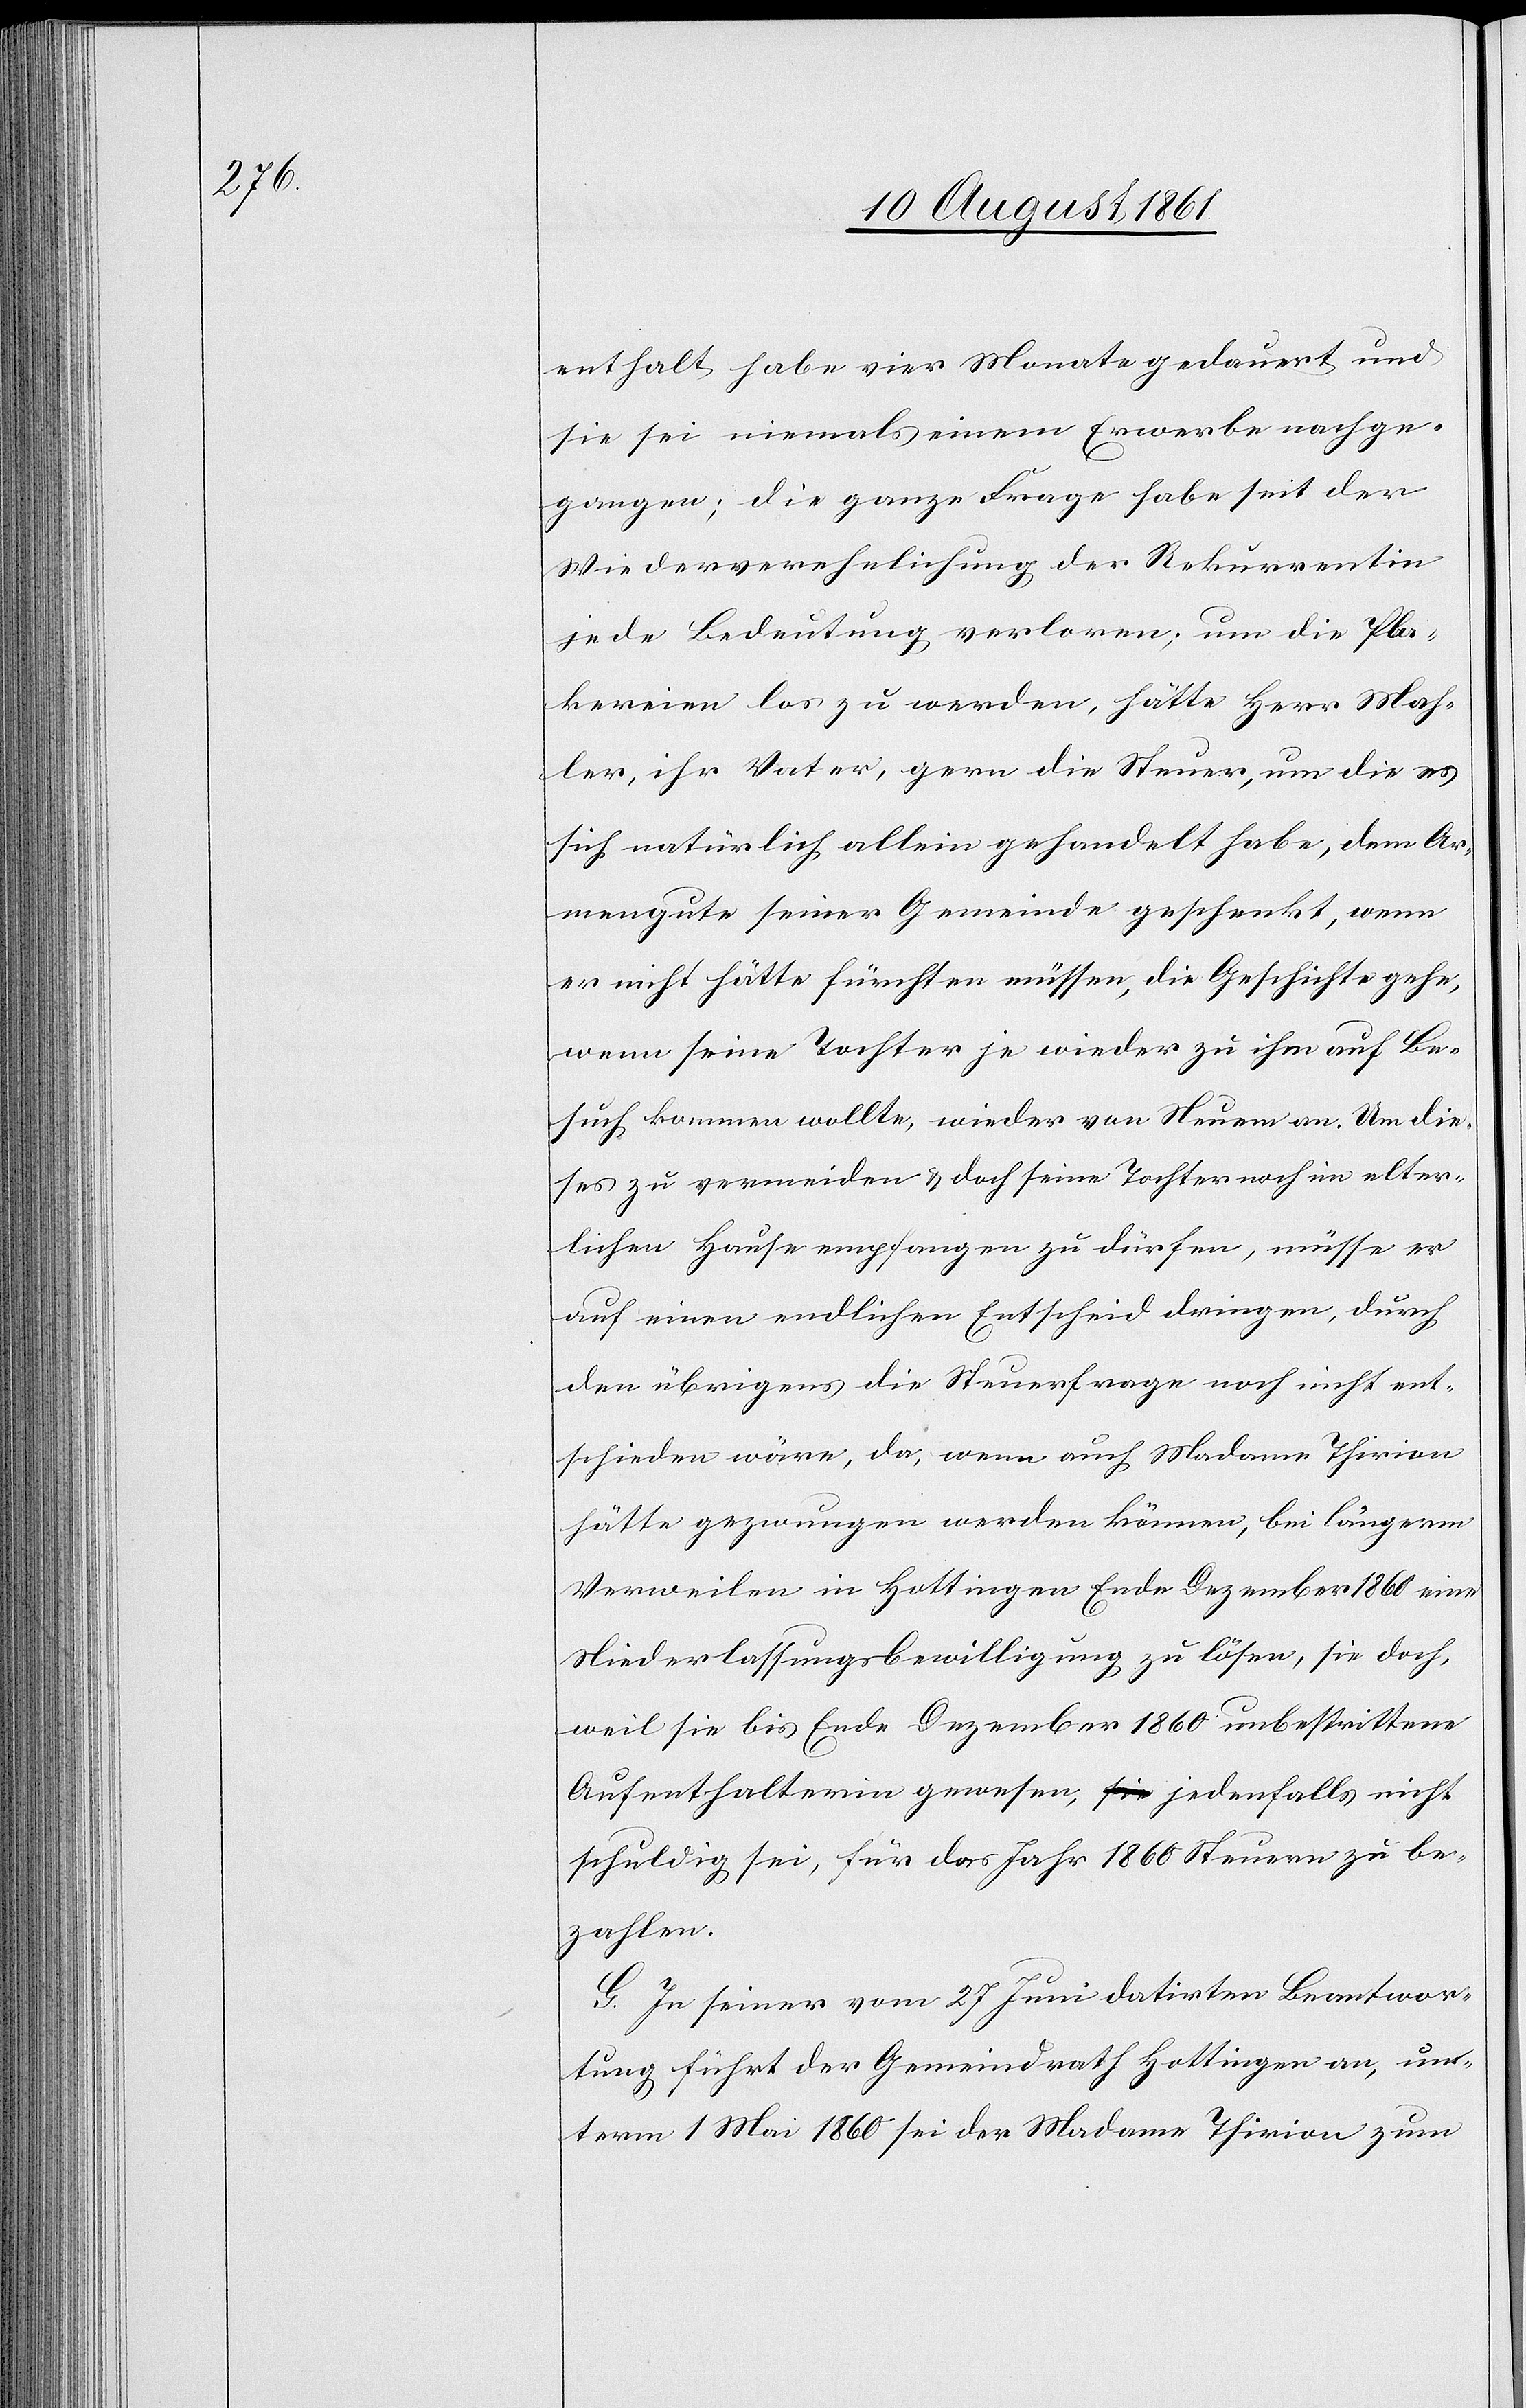
enthalt habe vier Monate gedauert und
sie sei niemals einem Erwerb nachge¬
gangen, die ganze Frage habe seit der
Wiederverehelichung der Rekurrentin
jede Bedeutung verloren; um die Pla¬
kereien los zu werden, hätte Herr Mah¬
ler, ihr Vater, gern die Steuer, um die es
sich natürlich allein gehandelt habe, dem Ar¬
mengute seiner Gemeinde geschenkt, wenn
er nicht hätte fürchten müssen, die Geschichte gehe
wenn seine Tochter je wieder zu ihm auf Be¬
such kommen wollte, wieder von Neuem an. Um die¬
ses zu vermeiden u. doch seine Tochter noch im elter¬
lichen Hause empfangen zu dürfen, müsse er
auf einen endlichen Entscheid dringen, durch
den übrigens die Steuerfrage noch nicht ent¬
schieden wäre, da, wenn auch Madame Thirion
hätte gezwungen werden können, bei längerm
Verweilen in Hottingen Ende Dezember 1860 eine
Niederlaßungsbewilligung zu lösen, sie doch,
weil sie bis Ende Dezember 1860 unbestrittene
Aufenthalterin gewesen, jedenfalls nicht
schuldig sei, für das Jahr 1860 Steuern zu be¬
zahlen.
G. In seiner vom 27 Juni datirten Beantwor¬
tung führt der Gemeindrath Hottingen an, un¬
term 1 Mai 1860 sei der Madame Thirion zum